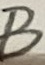
Text: B